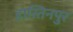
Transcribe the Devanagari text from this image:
हास्तिनपुर